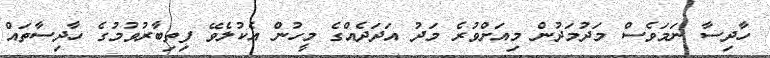
ހާދިސާ ނަމަވެސް މަދުމަދުން މިއަށްވުރެ މަދު އަދަދެއްގެ މީހުން އެކުލެވޭ ފިތިބާރުވުމުގެ ހާދިސާތައް